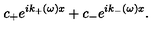
c _ { + } e ^ { i k _ { + } ( \omega ) x } + c _ { - } e ^ { i k _ { - } ( \omega ) x } .